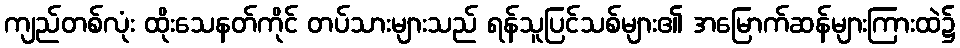
ကျည်တစ်လုံး ထိုးသေနတ်ကိုင် တပ်သားများသည် ရန်သူပြင်သစ်များ၏ အမြောက်ဆန်များကြားထဲ၌